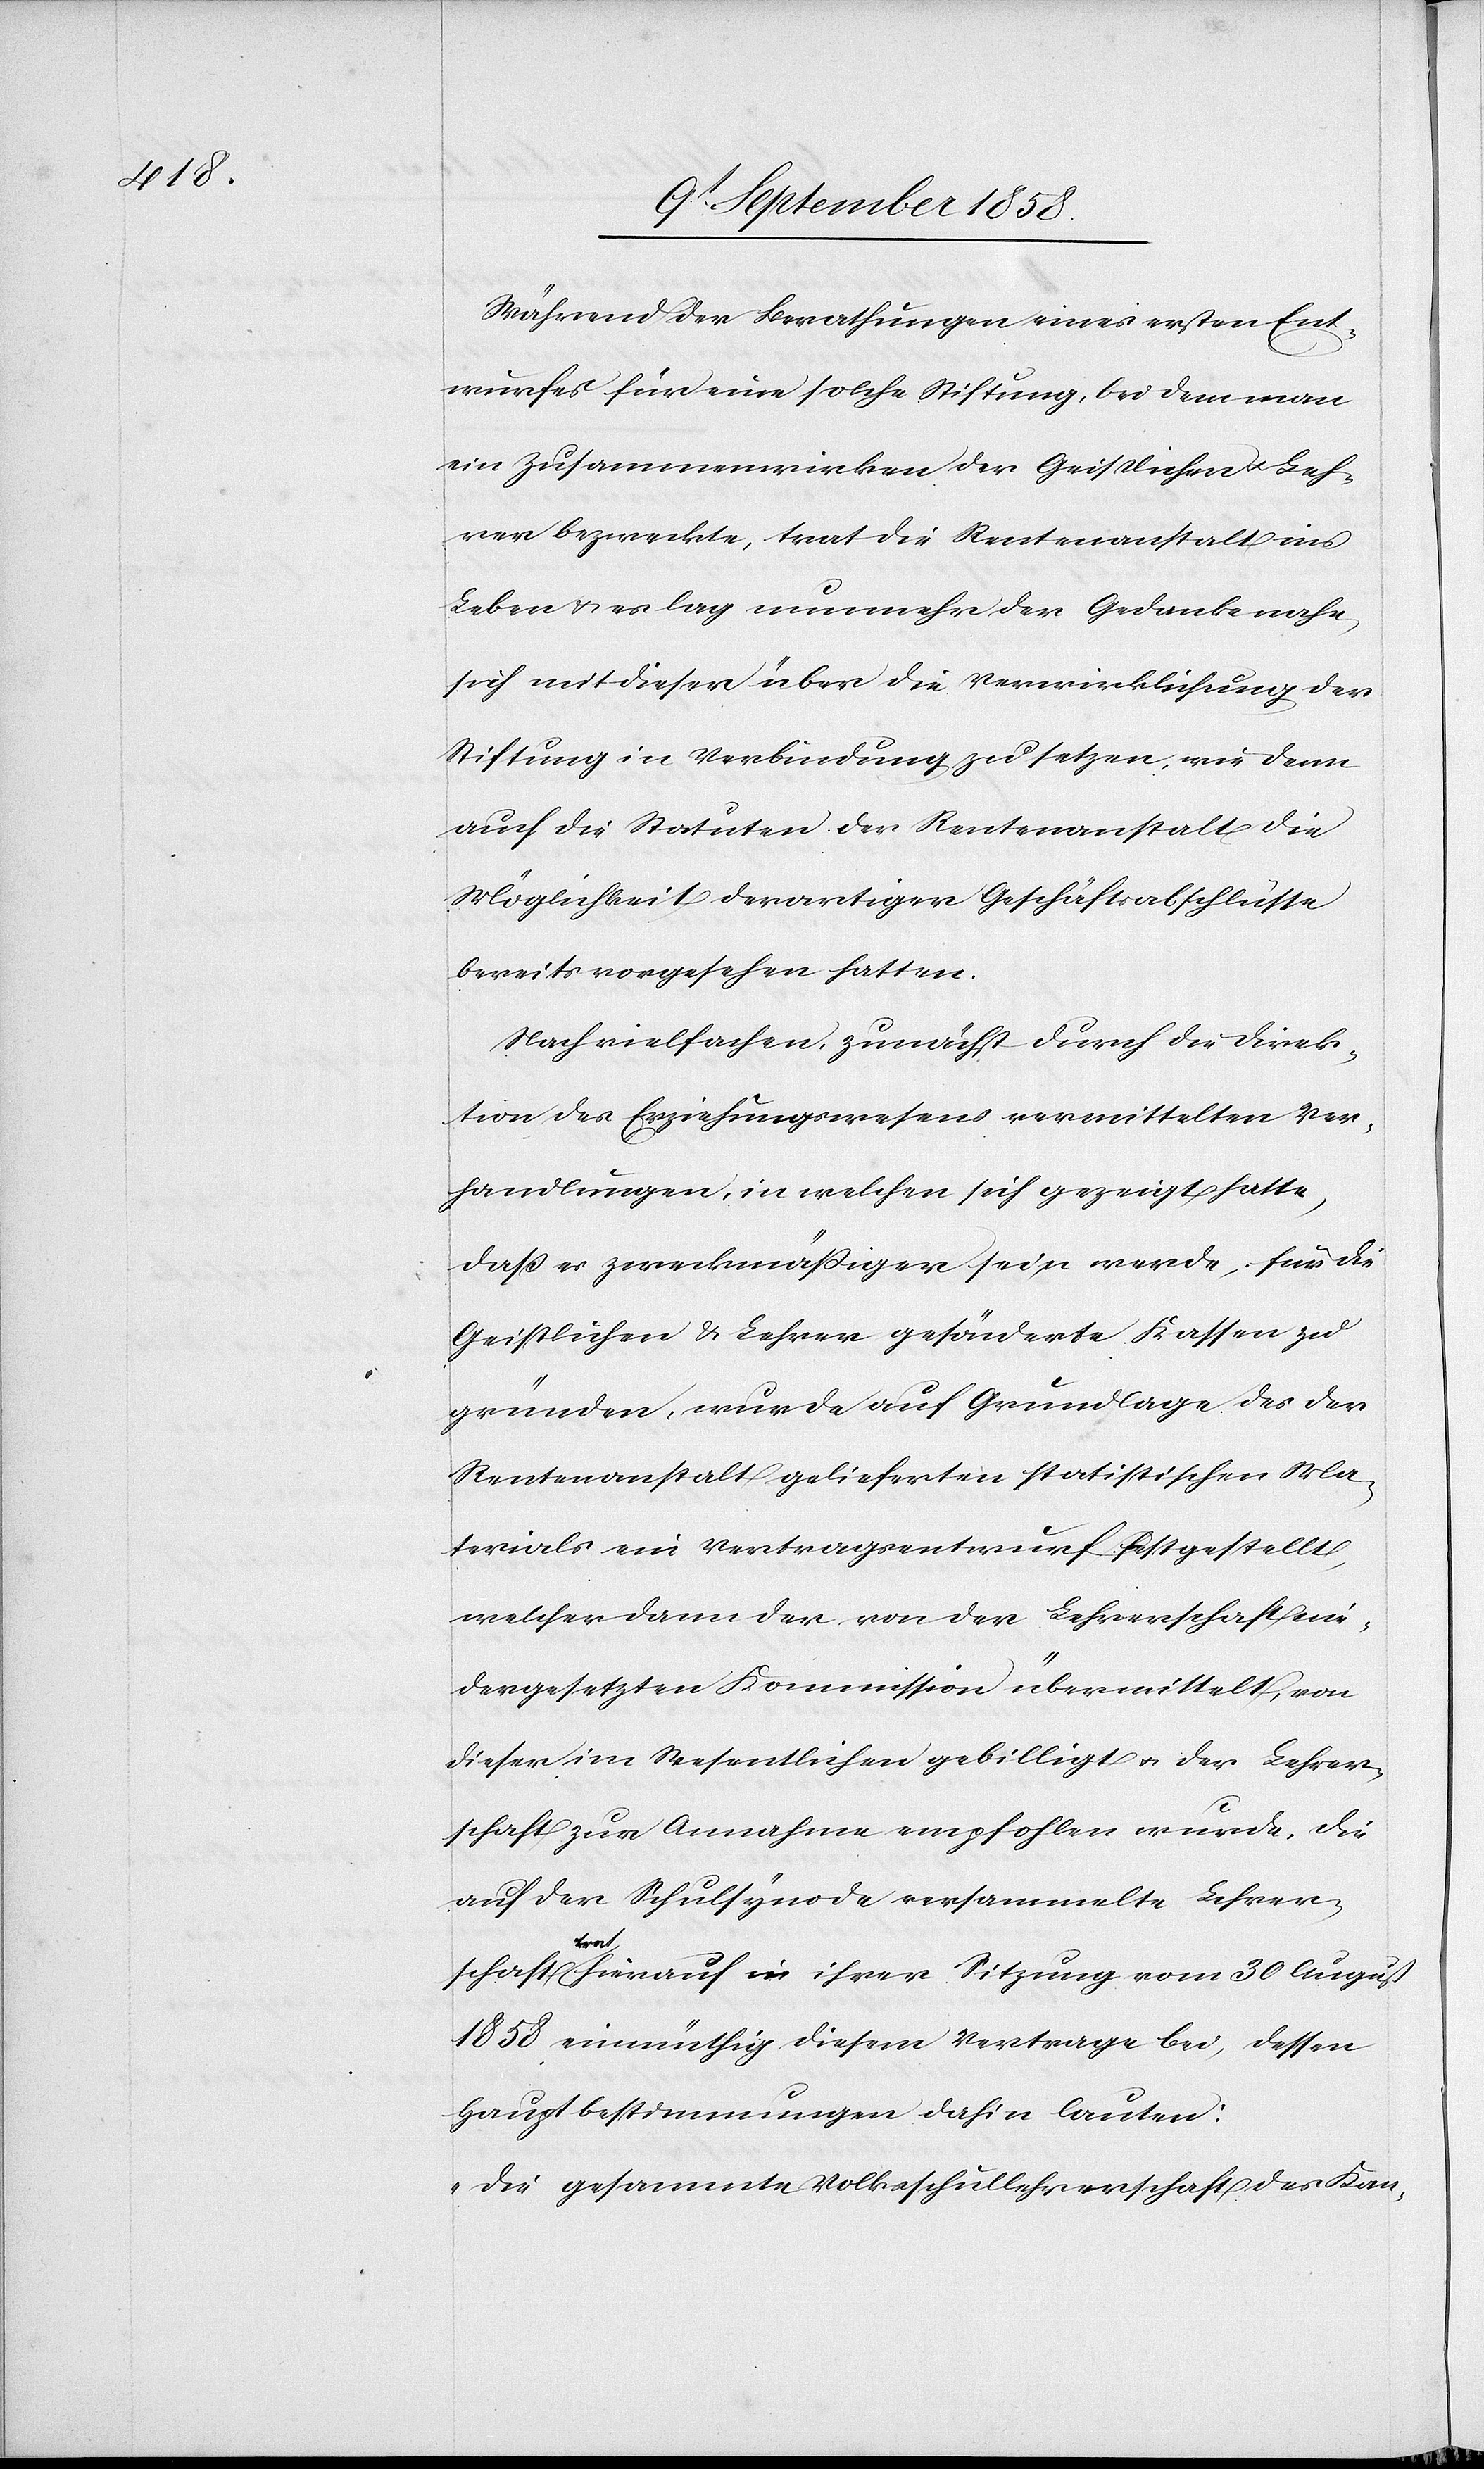
Während der Berathungen eines ersten Ent¬
wurfes für eine solche Stiftung, bei dem man
ein Zusammenwirken der Geistlichen & Leh¬
rer bezweckte, trat die Rentenanstalt ins
Leben & es lag nunmehr der Gedanke nahe,
sich mit dieser über die Verwirklichung der
Stiftung in Verbindung zu setzen, wie denn
auch die Statuten der Rentenanstalt die
Möglichkeit derartiger Geschäftsabschlüsse
bereits vorgesehen hatten.
Nach vielfachen, zunächst durch die Direk¬
tion des Erziehungswesens vermittelten Ver¬
handlungen, in welchen sich gezeigt hatte,
daß es zweckmäßiger sein werde, für die
Geistlichen & Lehrer gesönderte Kassen zu
gründen, wurde auf Grundlage des der
Rentenanstalt gelieferten statistischen Ma¬
terials ein Vertragsentwurf festgestellt,
welcher dann der von der Lehrerschaft nie¬
dergesetzten Kommission übermittelt, von
dieser im Wesentlichen gebilligt & der Lehrer¬
schaft zur Annahme empfohlen wurde. Die
auf der Schulsynode versammelte Lehrer¬
schaft trat hierauf in ihrer Sitzung vom 30 August
1858 einmüthig diesem Vertrage bei, dessen
Hauptbestimmungen dahin lauten:
„Die gesammte Volksschullehrerschaft des Kan-